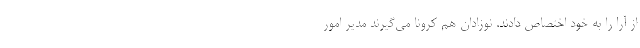
از آرا را به خود اختصاص دادند. نوزادان هم کرونا می‌گیرند مدیر امور